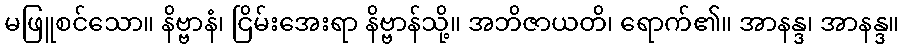
မဖြူစင်သော။ နိဗ္ဗာနံ၊ ငြိမ်းအေးရာ နိဗ္ဗာန်သို့။ အဘိဇာယတိ၊ ရောက်၏။ အာနန္ဒ၊ အာနန္ဒ။